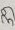
Text: 39